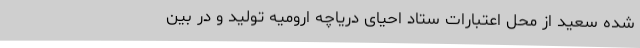
شده سعید از محل اعتبارات ستاد احیای دریاچه ارومیه تولید و در بین